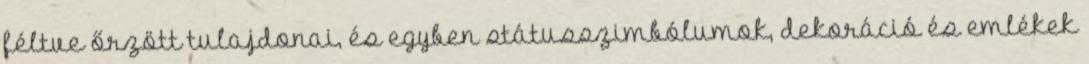
féltve őrzött tulajdonai, és egyben státusszimbólumok, dekoráció és emlékek